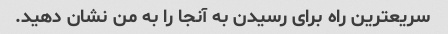
سریعترین راه برای رسیدن به آنجا را به من نشان دهید.